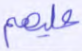
عليهم